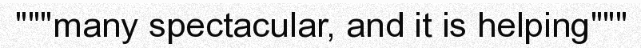
"""many spectacular, and it is helping"""